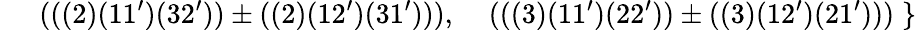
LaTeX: \; \; \; \; \; (((2)(11^{\prime})(32^{\prime}))\pm((2)(12^{\prime})(31^{\prime}))),\; \; \; \; (((3)(11^{\prime})(22^{\prime}))\pm((3)(12^{\prime})(21^{\prime})))\; \}